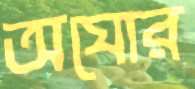
অঘোর